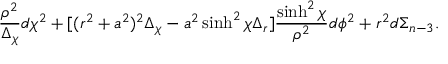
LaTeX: \frac { \rho ^ { 2 } } { \Delta _ { \chi } } d \chi ^ { 2 } + [ ( r ^ { 2 } + a ^ { 2 } ) ^ { 2 } \Delta _ { \chi } - a ^ { 2 } \sinh ^ { 2 } \chi \Delta _ { r } ] \frac { \sinh ^ { 2 } \chi } { \rho ^ { 2 } } d \phi ^ { 2 } + r ^ { 2 } d \Sigma _ { n - 3 } .